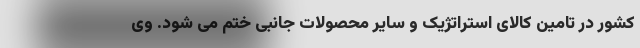
کشور در تامین کالای استراتژیک و سایر محصولات جانبی ختم می شود. وی